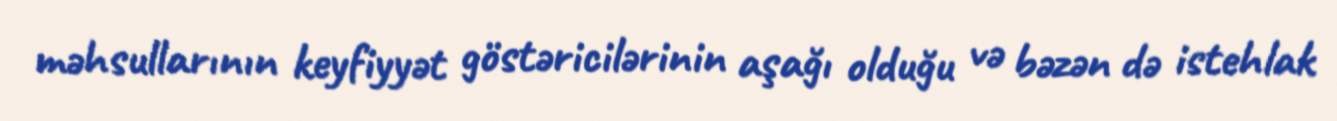
məhsullarının keyfiyyət göstəricilərinin aşağı olduğu və bəzən də istehlak